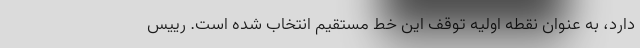
دارد، به عنوان نقطه اولیه توقف این خط مستقیم انتخاب شده است. رییس